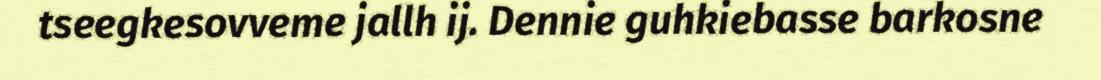
tseegkesovveme jallh ij. Dennie guhkiebasse barkosne